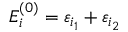
E _ { i } ^ { ( 0 ) } = \varepsilon _ { i _ { 1 } } + \varepsilon _ { i _ { 2 } }